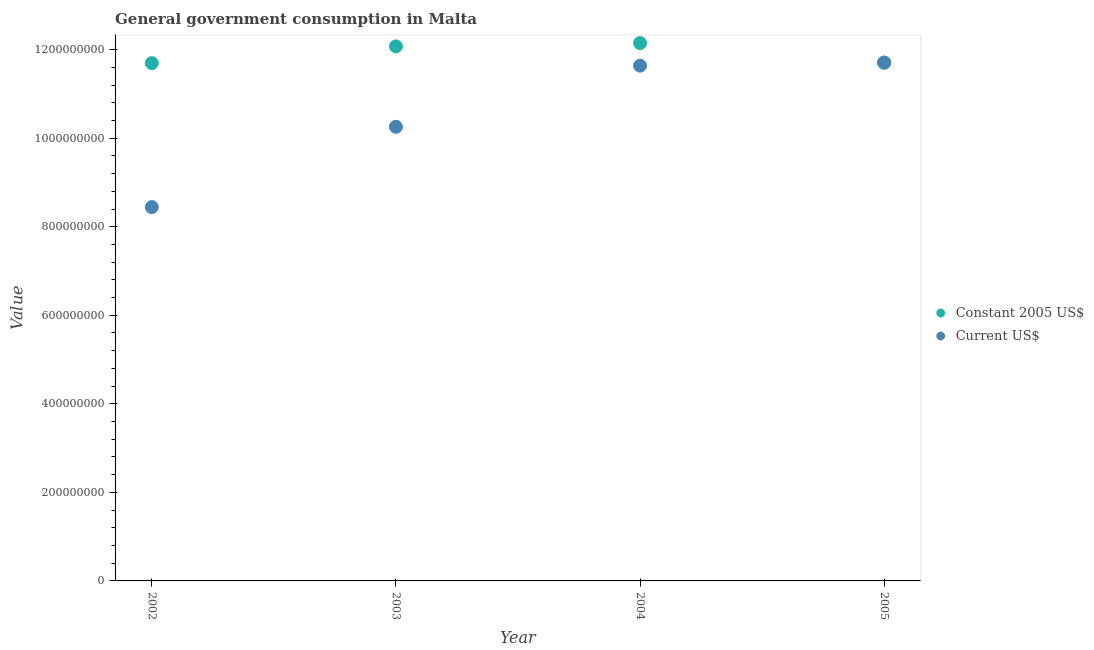
| Year | Constant 2005 US$ | Current US$ |
 | --- | --- | --- |
 | 2002 | 1.17e+09 | 8.44e+08 |
 | 2003 | 1.21e+09 | 1.03e+09 |
 | 2004 | 1.21e+09 | 1.16e+09 |
 | 2005 | 1.17e+09 | 1.17e+09 |